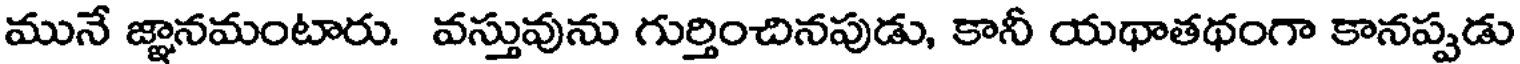
మునే జ్ఞానమంటారు. వస్తువును గుర్తించినపుడు, కానీ యథాతథంగా కానప్పడు